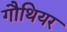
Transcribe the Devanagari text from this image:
गौथियर